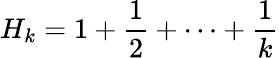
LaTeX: H_{k}=1+{\frac{1}{2}}+\cdots+{\frac{1}{k}}